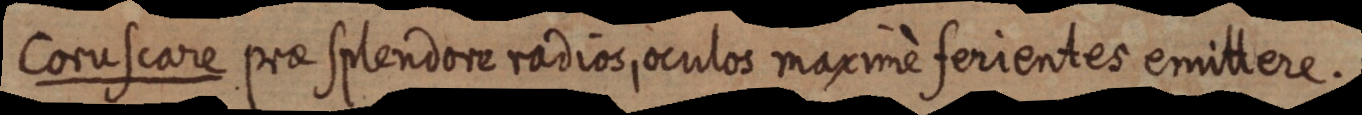
Coruscare prae splendore radios, oculos maximè ferientes emittere.